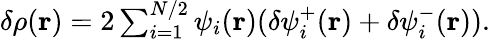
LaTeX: \begin{array}{r}{\delta\rho(\mathbf r)=2\sum_{i=1}^{N/2}\psi_{i}(\mathbf r)(\delta\psi_{i}^{+}(\mathbf r)+\delta\psi_{i}^{-}(\mathbf r)).}\end{array}